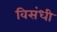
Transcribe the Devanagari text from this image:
विसंधी